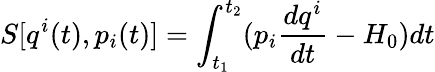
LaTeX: S[q^{i}(t),p_{i}(t)]=\int_{t_{1}}^{t_{2}}(p_{i}\frac{dq^{i}}{dt}-H_{0})dt